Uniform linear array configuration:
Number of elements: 24
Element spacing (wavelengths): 0.5
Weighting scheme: binomial
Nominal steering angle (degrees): -15
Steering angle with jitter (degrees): -15.304
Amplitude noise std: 0.05
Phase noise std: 0.05

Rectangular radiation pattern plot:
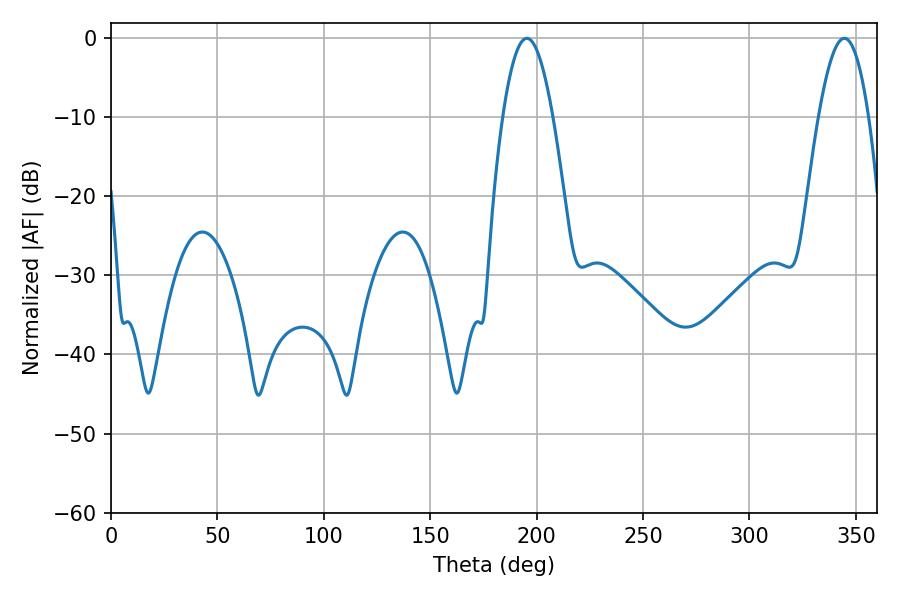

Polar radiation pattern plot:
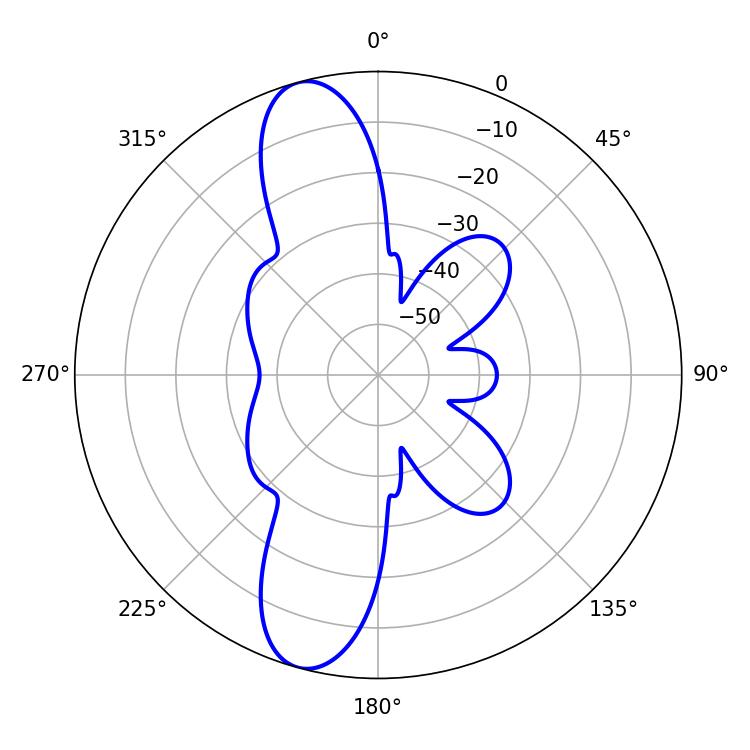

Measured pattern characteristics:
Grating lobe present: FALSE
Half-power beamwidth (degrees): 12.78
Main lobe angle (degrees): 195.48